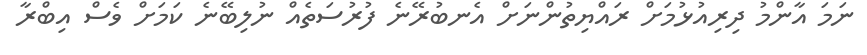
ނަމަ އާންމު ދިރިއުޅުމަށް ރައްޔިތުންނަށް އެނބުރޭނެ ފުރުސަތެއް ނުލިބޭނެ ކަމަށް ވެސް އިބްރާ